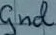
Text: Gnd